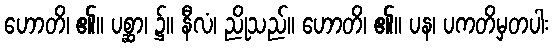
ဟောတိ၊ ၏။ ပစ္ဆာ၊ ၌။ နီလံ၊ ညိုသည်။ ဟောတိ၊ ၏။ ပန၊ ပကတိမှတပါး